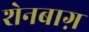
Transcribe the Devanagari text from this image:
शेनबाग़